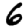
Digit: 6